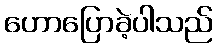
ဟောပြောခဲ့ပါသည်